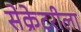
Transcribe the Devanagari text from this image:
सेक्रेटरीला